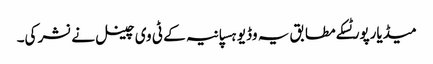
میڈیارپورٹسکے مطابق یہ وڈیو ہسپانیہ کے ٹی وی چینل نے نشر کی۔